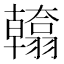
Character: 𮋙